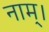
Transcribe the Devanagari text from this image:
नाम्।